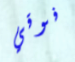
فوقي